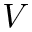
\boldsymbol { V }